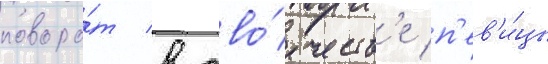
поворо́т в тво́рчеств'е п'ев'и́цы